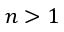
n > 1